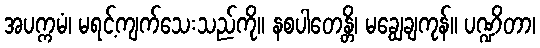
အပက္ကမံ၊ မရင့်ကျက်သေးသည်ကို။ နစပါတေန္တိ၊ မချွေချကုန်။ ပဏ္ဍိတာ၊